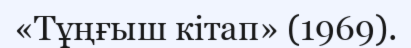
«Тұңғыш кітап» (1969).